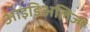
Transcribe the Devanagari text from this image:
आइडिअलिज्म